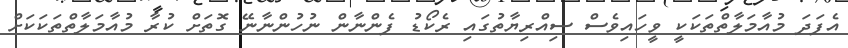
އެފަދަ މުއާމަލާތްތަކަކީ ވީހައިވެސް ސިއްރިޔާތުގައި ރެކޯޑު ފެންނާން ނުހުންނާނޭ ގޮތަށް ކުރާ މުއާމަލާތްތަކަކަށް